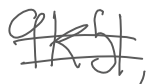
Text: 9K51,
Cross-out: double-line
Writing tool: digital_gray